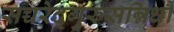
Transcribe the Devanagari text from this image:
सच्चरेद्गुरुसन्निधौ